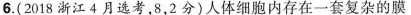
6.(2018浙江4月选考，8，2分)人体细胞内存在一套复杂的膜